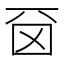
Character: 𠀮